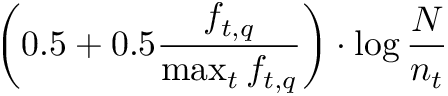
\left( 0 . 5 + 0 . 5 { \frac { f _ { t , q } } { \operatorname* { m a x } _ { t } f _ { t , q } } } \right) \cdot \log { \frac { N } { n _ { t } } }